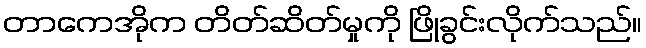
တာကေအိုက တိတ်ဆိတ်မှုကို ဖြိုခွင်းလိုက်သည်။